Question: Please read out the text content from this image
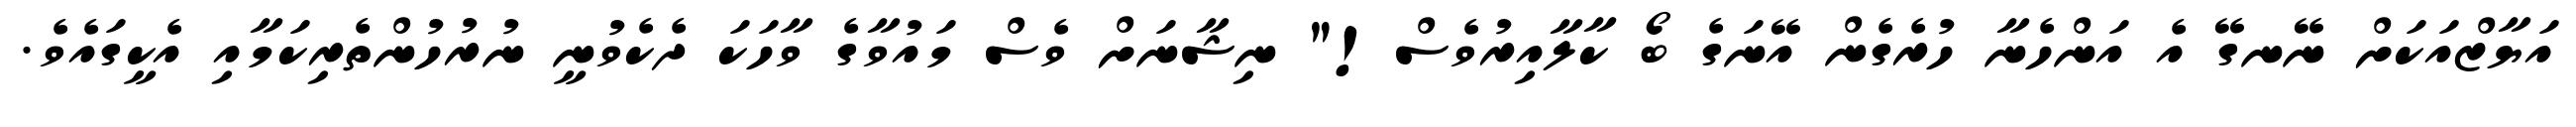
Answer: އަޔާޒްއަކަށް ނޭނގޭ އެ އަންހެނާ ހުރެގެން އޭނަގެ ބޯ ކާލާއިރުވެސް!" ނިޝާނަށް ވެސް މައުވާގެ ވާހަކަ ދެކެވުނީ ނުރުހުންތެރިކަމާއި އެކީގައެވެ.